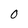
Character: O